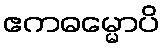
ဧကဓမ္မောပိ